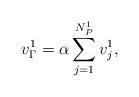
LaTeX: \begin{align*}v_\Gamma^1=\alpha\sum_{j=1}^{N_P^1} v_j^1,\end{align*}